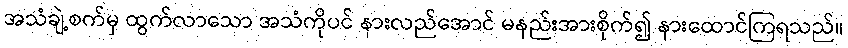
အသံချဲ့စက်မှ ထွက်လာသော အသံကိုပင် နားလည်အောင် မနည်းအားစိုက်၍ နားထောင်ကြရသည်။